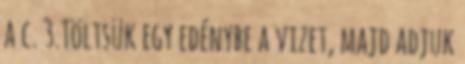
a c. 3.Töltsük egy edénybe a vizet, majd adjuk